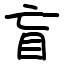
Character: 盲